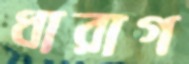
ধারাগ